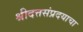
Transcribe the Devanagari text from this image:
श्रीदत्तसंप्रदयाचा